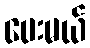
ပေးမယ်